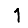
Digit: 1